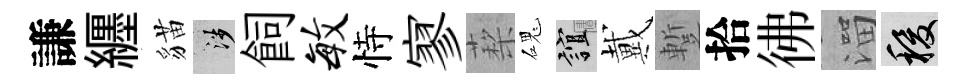
謙纒貓涉飼毓恃寥蔾磈誼戴蹔拾彿溜稷